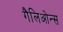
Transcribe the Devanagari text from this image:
गैलिओन्स